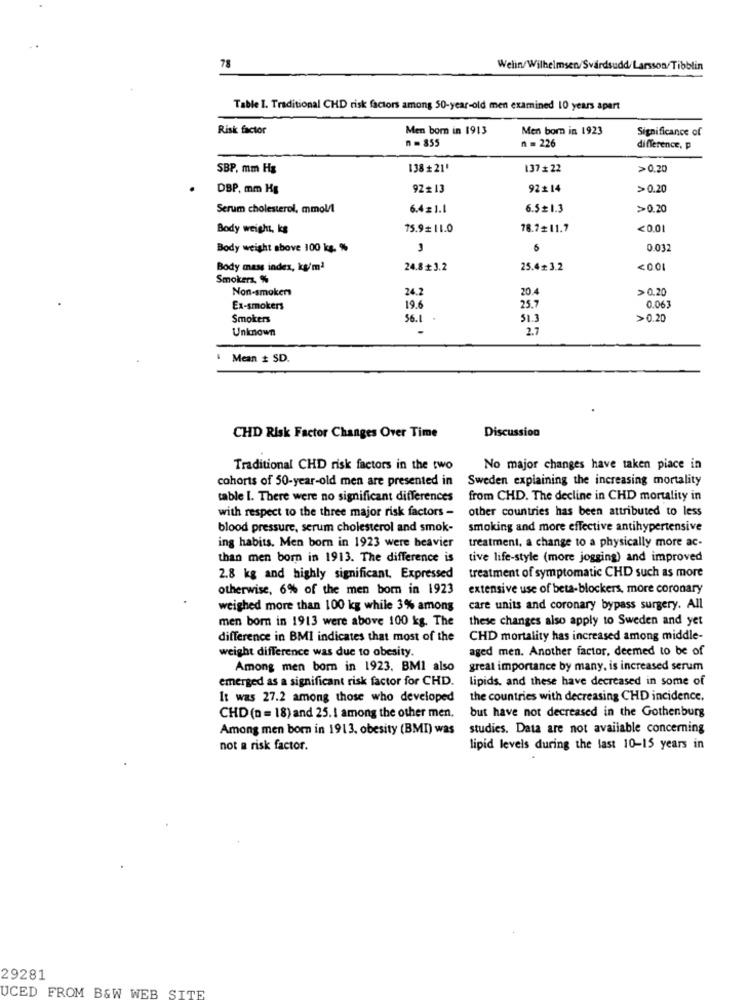
78
Welin/Wilhelmsen/Svärdsudd/Larsson/Tibblin
Table 1. Traditional CHD risk factors among 50-year-old men examined 10 years apart
Risk factor
Men born in 1913
Men born in 1923
Significance of
n =855
n = 226
difference, p
SBP, mm Hg
138+21'
137+22
> 0.20
DBP, mm Hg
92#13
92£14
>0.20
Serum cholesterol, mmol/l
6.4= 1.1
6.5=1.3
>0.20
Body weight, kg
75.9 11.0
78.7# 11.7
<0.01
Body weight shove 100 kg. %
5
0.03:
Body mass index, kg/m2
24.8+ 3.2
25.4+ 3.2
<001
Smokers. %
Non-smokers
24.2
20.4
>0.20
Ex-smokers
19.6
25.7
0.063
Smokers
56.1
.
51.3
>0.20
Unknown
27
Mean # SD.
Discussion
CHD Risk Factor Changes Over Time
Traditional CHD risk factors in the two
No major changes have taken piace in
cohorts of 50-year-old men are presented in
Sweden explaining the increasing mortality
table 1. There were no significant differences
from CHD. The decline in CHD mortality in
with respect to the three major risk factors -
other countries has been attributed to less
blood pressure, serum cholesterol and smok-
smoking and more effective antihypertensive
ing habits. Men born in 1923 were heavier
treatment, a change to a physically more ac-
than men born in 1913. The difference is
tive life-style (more jogging) and improved
2.8 kg and highly significant. Expressed
treatment of symptomatic CHD such as more
otherwise, 6% of the men bom in 1923
extensive use of beta-blockers, more coronary
weighed more than 100 kg while 3% among
care units and coronary bypass surgery. All
men born in 1913 were above 100 kg. The
these changes also apply to Sweden and yet
difference in BMI indicates that most of the
CHD mortality has increased among middle-
weight difference was due to obesity.
aged men. Another factor, deemed to be of
Among men born in 1923. BMI also
great importance by many, is increased serum
emerged as a significant risk factor for CHD.
lipids, and these have decreased in some of
It was 27.2 among those who developed
the countries with decreasing CHD incidence.
but have not decreased in the Gothenburg
CHD (n = 18) and 25.1 among the other men.
Among men born in 1913, obesity (BMI) was
studies. Data are not available concerning
not a risk factor.
lipid levels during the last 10-15 years in
29281
UCED FROM B&W WEB SITE